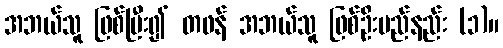
အဘယ်သူ ဖြစ်ပြီး၍ တဖန် အဘယ်သူ ဖြစ်ဦးမည်နည်း (၁)။